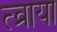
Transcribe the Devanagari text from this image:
त्व्राया